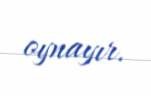
oynayır.